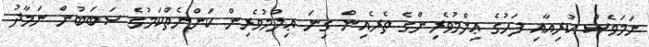
ނަމަވެސް ކުރިއާއި ފަހުގެ ޢިލްމުވެރިންގެ ތެރެއިން ގިނަ ޢިލްމުވެރިން ކަންނެތްކަމުގެ ސަބަބުން ނަމާދު